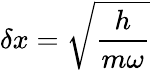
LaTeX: \delta x={\sqrt{\frac{h}{m\omega}}}